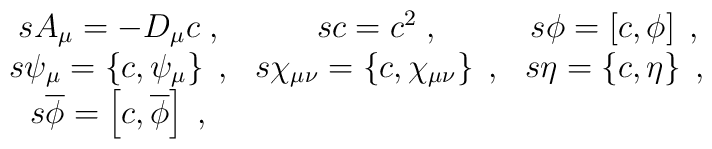
\begin{array}{ccc}sA_\mu =-D_\mu c\;, & sc=c^2\;, & s\phi =\left[ c,\phi \right] \;, \\ s\psi _\mu =\left\{ c,\psi _\mu \right\} \;, & s\chi _{\mu \nu }=\left\{c,\chi _{\mu \nu }\right\} \;, & s\eta =\left\{ c,\eta \right\} \;, \\ s\overline{\phi }=\left[ c,\overline{\phi }\right] \;, &  & \end{array}